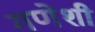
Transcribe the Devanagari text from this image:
गणेशी